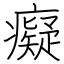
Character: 癡